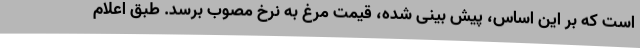
است که بر این اساس، پیش بینی شده، قیمت مرغ به نرخ مصوب برسد. طبق اعلام